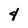
Character: 4